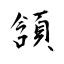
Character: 頷